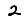
Digit: 2